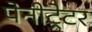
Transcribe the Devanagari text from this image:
पेनीट्रेटर